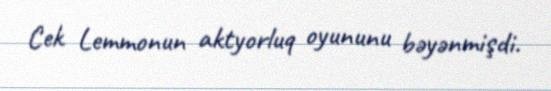
Cek Lemmonun aktyorluq oyununu bəyənmişdi.